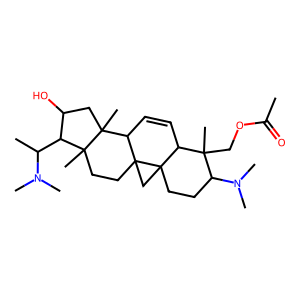
SMILES: CC(=O)OCC1(C)C(N(C)C)CCC23CC24CCC2(C)C(C(C)N(C)C)C(O)CC2(C)C4C=CC13
Inhibits HIV replication: No